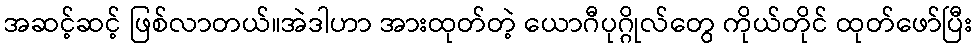
အဆင့်ဆင့် ဖြစ်လာတယ်။အဲဒါဟာ အားထုတ်တဲ့ ယောဂီပုဂ္ဂိုလ်တွေ ကိုယ်တိုင် ထုတ်ဖော်ပြီး